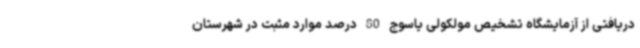
دریافتی از آزمایشگاه تشخیص مولکولی یاسوج 80 درصد موارد مثبت در شهرستان